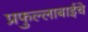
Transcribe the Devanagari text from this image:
प्रफुल्लाबाईंचे